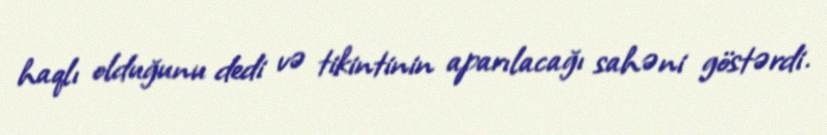
haqlı olduğunu dedi və tikintinin aparılacağı sahəni göstərdi.